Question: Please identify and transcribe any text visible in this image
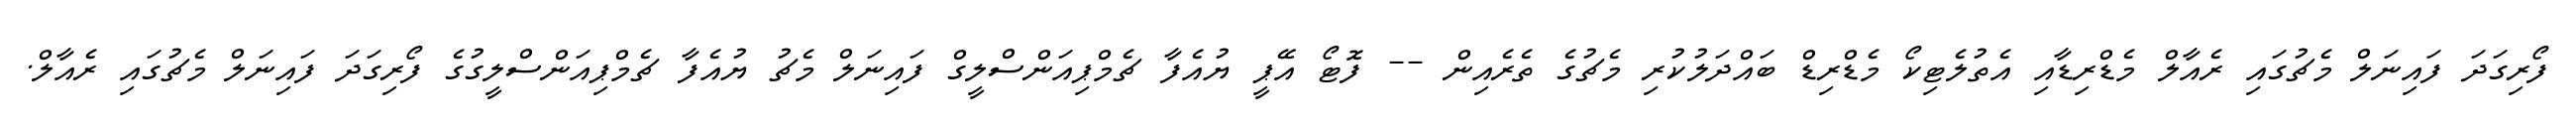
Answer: ފޯރިގަދަ ފައިނަލް މެޗުގައި ރެއާލް މެޑްރިޑާއި އެތުލެޓިކޯ މެޑްރިޑް ބައްދަލުކުރި މެޗުގެ ތެރެއިން -- ފޮޓޯ އޭޕީ ޔުއެފާ ޗެމްޕިއަންސްލީގް ފައިނަލް މެޗު ޔުއެފާ ޗެމްޕިއަންސްލީގުގެ ފޯރިގަދަ ފައިނަލް މެޗުގައި ރެއާލް.